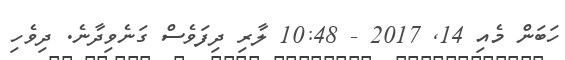
ހަބަން މެއި 14